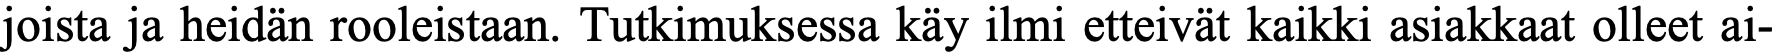
joista ja heidän rooleistaan. Tutkimuksessa käy ilmi etteivät kaikki asiakkaat olleet ai-